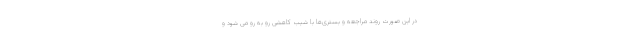
در این صورت روند مراجعه و بستری‌ها با شیب کاهشی رو به رو می شود و